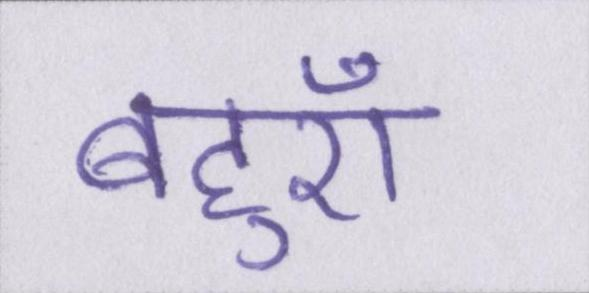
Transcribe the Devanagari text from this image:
बहुएँ